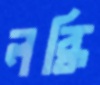
লব্ধি